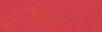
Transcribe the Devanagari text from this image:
संमेलनचे